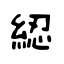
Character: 綛